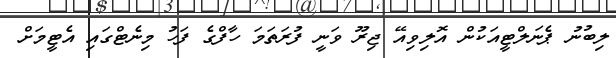
ލިބުނު ޕެނަލްޓީއަކުން އޮލިވިއޭ ޖިރޫ ވަނީ ފުރަތަމަ ހާފްގެ ފަހު މިނެޓްގައި އެޓީމަށް